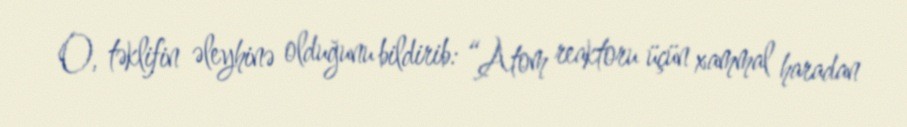
O, təklifin əleyhinə olduğunu bildirib: “Atom reaktoru üçün xammal haradan